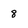
Character: 8